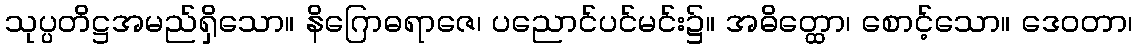
သုပ္ပတိဋ္ဌအမည်ရှိသော။ နိဂြောဓရာဇေ၊ ပညောင်ပင်မင်း၌။ အဓိတ္ထော၊ စောင့်သော။ ဒေဝတာ၊